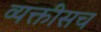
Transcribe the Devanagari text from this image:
व्यक्तीसच